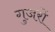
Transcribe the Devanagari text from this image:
गुजरों